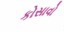
કોસાવો